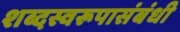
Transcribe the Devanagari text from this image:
शब्दस्वरूपासंबंधी